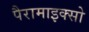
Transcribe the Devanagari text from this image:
पैरामाइक्सो